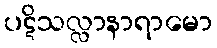
ပဋိသလ္လာနာရာမော